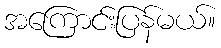
အကြောင်းပြန်မယ်။